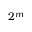
2 ^ { m }